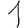
Digit: 1